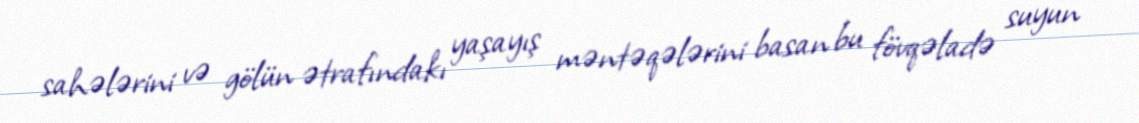
sahələrini və gölün ətrafındakı yaşayış məntəqələrini basan bu fövqəladə suyun